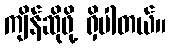
ကျိန်ဆိုဖို့ ရှိပါတယ်။